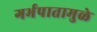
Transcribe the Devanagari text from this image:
गर्भपातामुळे